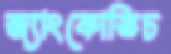
জ্যাংকোভিচ